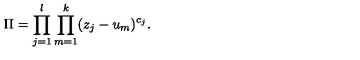
\Pi = \prod _ { j = 1 } ^ { l } \prod _ { m = 1 } ^ { k } ( z _ { j } - u _ { m } ) ^ { c _ { j } } .